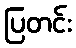
ပြတင်း